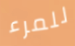
للمرء